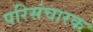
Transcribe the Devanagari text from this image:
परिसंचारक